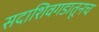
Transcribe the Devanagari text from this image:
सदाशिवगडातूनच